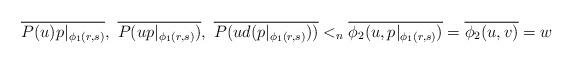
LaTeX: \begin{align*}\overline{P(u)p|_{\phi_1(r,s)} }, \ \overline{ P(up|_{\phi_1(r,s)}) }, \ \overline{ P(u d( p|_{\phi_1(r,s)} )) } <_n \overline{\phi_2(u,p|_{\phi_1(r,s)})}=\overline{\phi_2(u,v)} =w\end{align*}